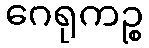
ဂေရုကဉ္စ